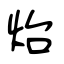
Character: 炲